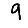
Digit: 9